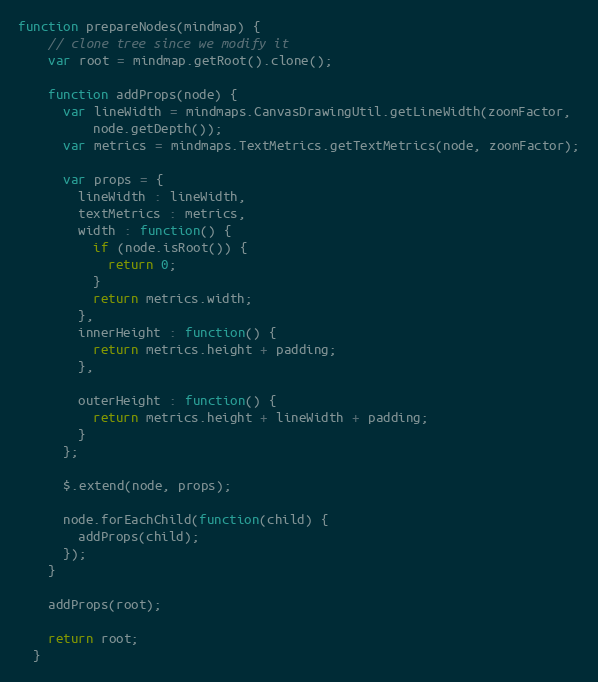
Language: JavaScript
function prepareNodes(mindmap) {
    // clone tree since we modify it
    var root = mindmap.getRoot().clone();

    function addProps(node) {
      var lineWidth = mindmaps.CanvasDrawingUtil.getLineWidth(zoomFactor,
          node.getDepth());
      var metrics = mindmaps.TextMetrics.getTextMetrics(node, zoomFactor);

      var props = {
        lineWidth : lineWidth,
        textMetrics : metrics,
        width : function() {
          if (node.isRoot()) {
            return 0;
          }
          return metrics.width;
        },
        innerHeight : function() {
          return metrics.height + padding;
        },

        outerHeight : function() {
          return metrics.height + lineWidth + padding;
        }
      };

      $.extend(node, props);

      node.forEachChild(function(child) {
        addProps(child);
      });
    }

    addProps(root);

    return root;
  }